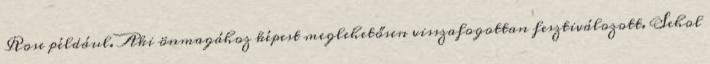
Rose például. Aki önmagához képest meglehetősen visszafogottan fesztiválozott. Sehol